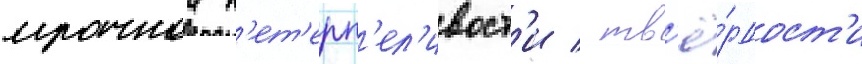
мрачнои н'ет'ерп'ел'ивост'и / тв'ё́рдост'и